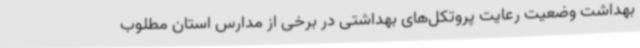
بهداشت وضعیت رعایت پروتکل‌های بهداشتی در برخی از مدارس استان مطلوب